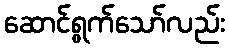
ဆောင်ရွက်သော်လည်း